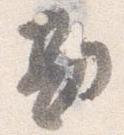
勘